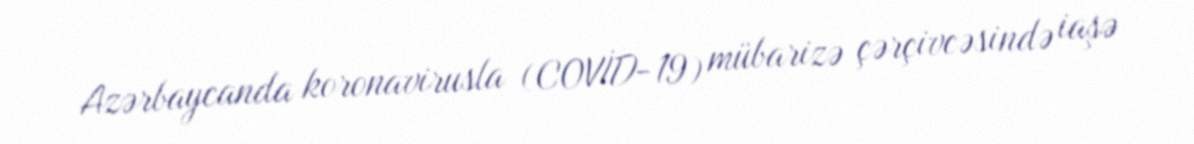
Azərbaycanda koronavirusla (COVİD-19) mübarizə çərçivcəsində iaşə